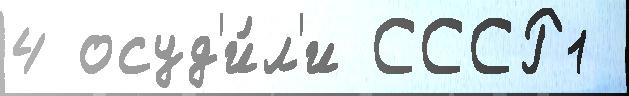
4 осуд'и́л'и СССР1